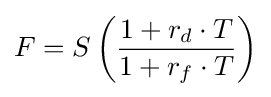
F=S\left({\frac {1+r_{d}\cdot T}{1+r_{f}\cdot T}}\right)